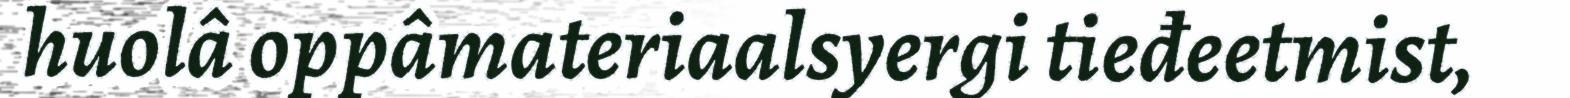
huolâ oppâmateriaalsyergi tieđeetmist,